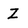
Character: Z